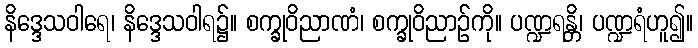
နိဒ္ဒေသဝါရေ၊ နိဒ္ဒေသဝါရ၌။ စက္ခုဝိညာဏံ၊ စက္ခုဝိညာဉ်ကို။ ပဏ္ဍရန္တိ၊ ပဏ္ဍရံဟူ၍။